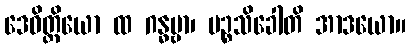
ဒေဝိတ္ထိယော ထ ဂန္ဓဗ္ဗာ၊ ပဉ္စသိခေါတိ အာဒယော။